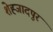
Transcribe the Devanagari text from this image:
शेह्जादपुर